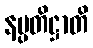
နပ္ပတိဋ္ဌာတိ